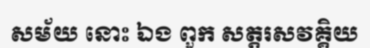
សម័យ នោះ ឯង ពួក សត្តរសវគ្គិយ